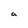
Character: a